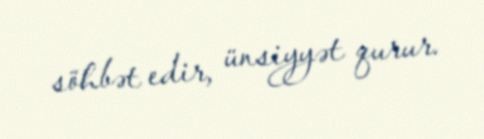
söhbət edir, ünsiyyət qurur.